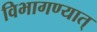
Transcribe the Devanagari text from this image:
विभागण्यात्